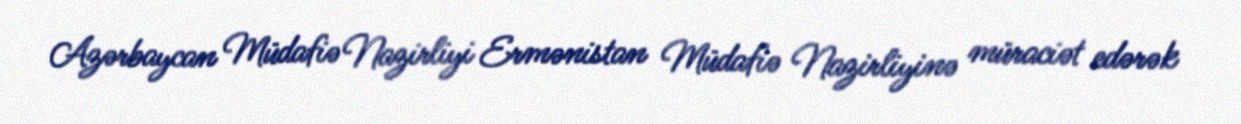
Azərbaycan Müdafiə Nazirliyi Ermənistan Müdafiə Nazirliyinə müraciət edərək